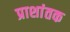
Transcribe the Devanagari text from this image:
प्राशांतक